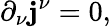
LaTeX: \partial_{\nu}\mathbf{j}^{\nu}=0,